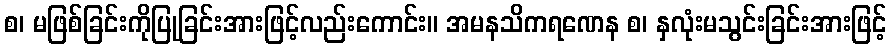
စ၊ မဖြစ်ခြင်းကိုပြုခြင်းအားဖြင့်လည်းကောင်း။ အမနသိကရဏေန စ၊ နှလုံးမသွင်းခြင်းအားဖြင့်